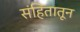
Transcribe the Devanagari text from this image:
संहितातून